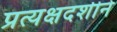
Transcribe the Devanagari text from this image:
प्रत्यक्षदर्शीने